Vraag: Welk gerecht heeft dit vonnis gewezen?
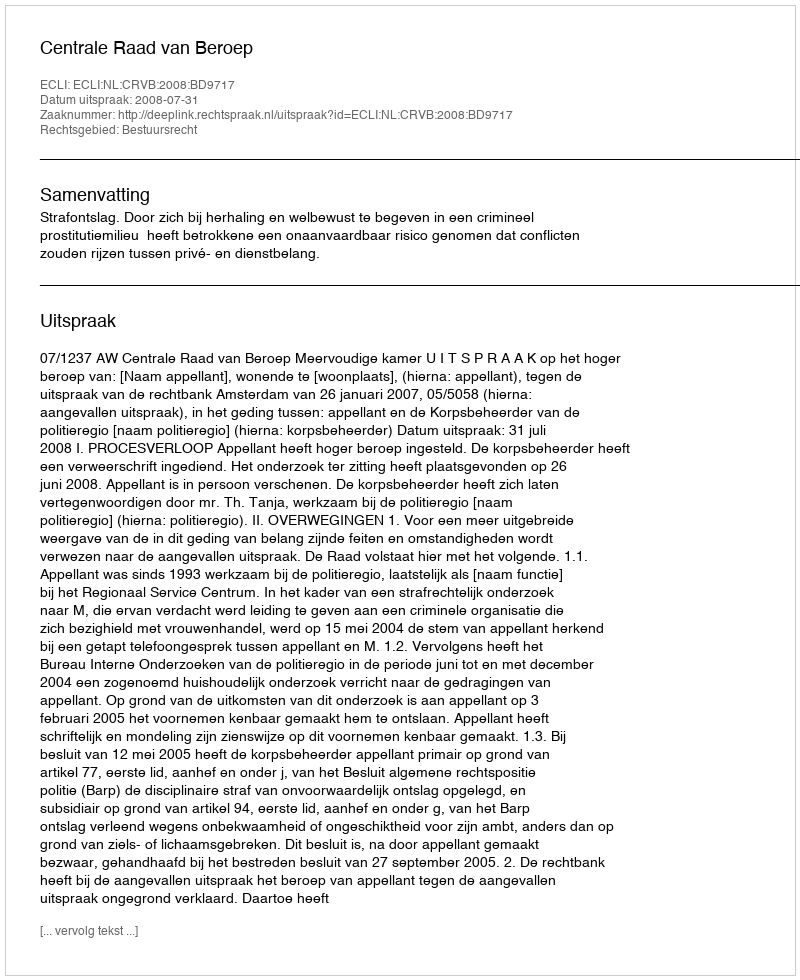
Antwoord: Centrale Raad van Beroep